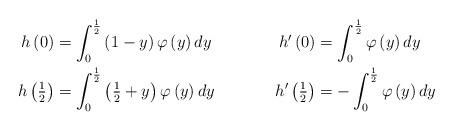
LaTeX: \begin{align*}h\left(0\right) & =\int_{0}^{\frac{1}{2}}\left(1-y\right)\varphi\left(y\right)dy & h'\left(0\right) & =\int_{0}^{\frac{1}{2}}\varphi\left(y\right)dy\\h\left(\tfrac{1}{2}\right) & =\int_{0}^{\frac{1}{2}}\left(\tfrac{1}{2}+y\right)\varphi\left(y\right)dy & h'\left(\tfrac{1}{2}\right) & =-\int_{0}^{\frac{1}{2}}\varphi\left(y\right)dy\end{align*}